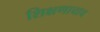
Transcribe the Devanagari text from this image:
शिक्षणाचाच